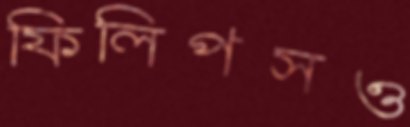
ফিলিপসও